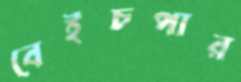
বেইচপার